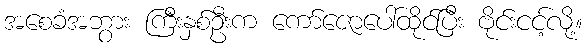
အစေခံအဘွား ကြီးနှစ်ဦးက ကော်ဇောပေါ်ထိုင်ပြီး ဗိုင်းငင့်လို့။